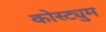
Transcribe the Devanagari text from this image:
कोस्ट्युम